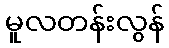
မူလတန်းလွန်